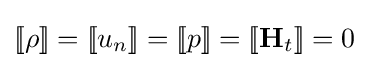
[\![\rho ]\!]=[\![u_{n}]\!]=[\![p]\!]=[\![\mathbf {H} _{t}]\!]=0